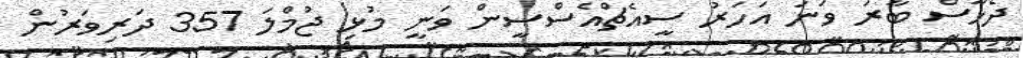
ދެހާސް ބާރަ ވަނަ އަހަރު ސީއެޗްއެސްސީން ވަނީ މުޅި ޖުމްލަ 357 ދަރިވަރުން